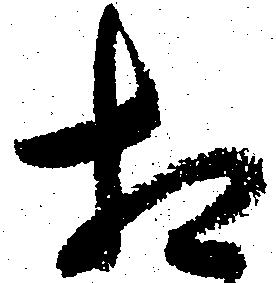
相